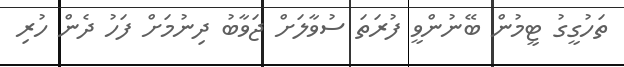
ތަހުގީގު ޓީމުން ބޭނުންވީ ފުރަތަ ސުވާލަށް ޖަވާބު ދިނުމަށް ފަހު ދެން ހުރި